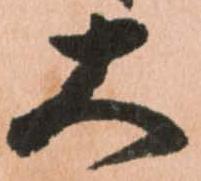
大